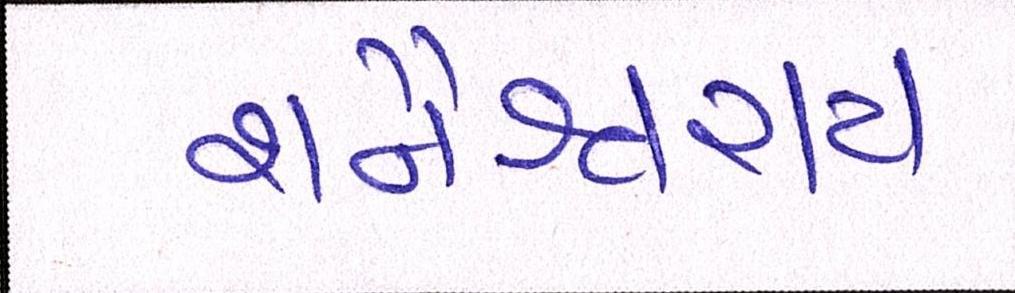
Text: શનૈશ્ચરાય